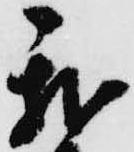
我